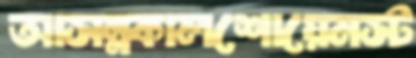
আসন্নকালশোয়েনস্ট